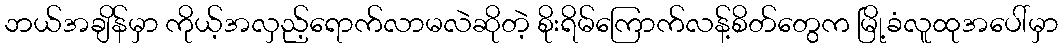
ဘယ်အချိန်မှာ ကိုယ့်အလှည့်ရောက်လာမလဲဆိုတဲ့ စိုးရိမ်ကြောက်လန့်စိတ်တွေက မြို့ခံလူထုအပေါ်မှာ